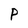
Character: P